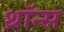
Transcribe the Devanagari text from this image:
थ्राॅन्स